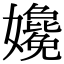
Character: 𡤎